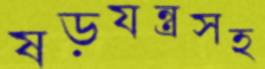
ষড়যন্ত্রসহ